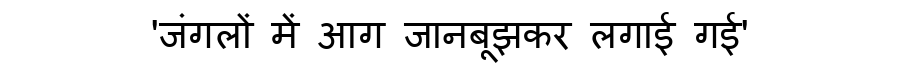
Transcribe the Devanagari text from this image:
'जंगलों में आग जानबूझकर लगाई गई'